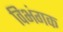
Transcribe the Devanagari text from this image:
विभंगक